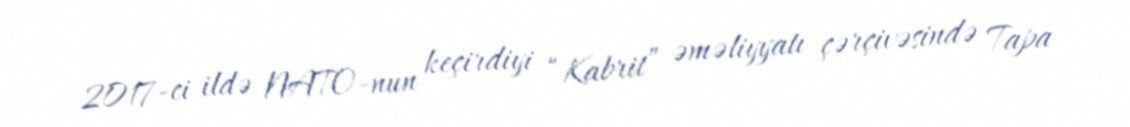
2017-ci ildə NATO-nun keçirdiyi “Kabrit” əməliyyatı çərçivəsində Tapa